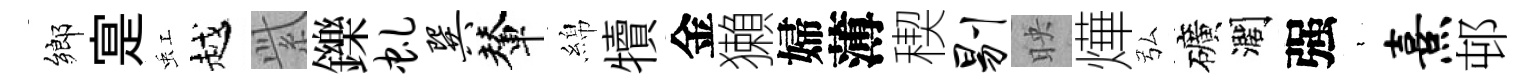
鄉寔虹越𬗋鑠虬巽輦綿犢金獺婦薄稧剔映燁弘礦濶强裊熹邨